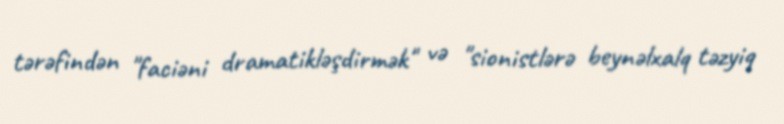
tərəfindən "faciəni dramatikləşdirmək" və "sionistlərə beynəlxalq təzyiq